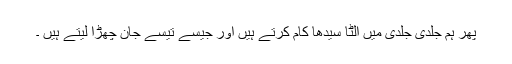
پھر ہم جلدی جلدی میں اُلٹا سیدھا کام کرتے ہیں اور جیسے تیسے جان چھڑا لیتے ہیں ۔